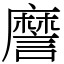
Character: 䜆